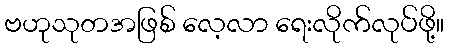
ဗဟုသုတအဖြစ် လေ့လာ ရေးလိုက်လုပ်ဖို့။